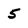
Character: 5